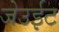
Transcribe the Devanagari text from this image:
जेउईट